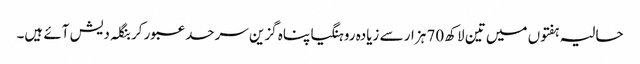
حالیہ ہفتوں میں تین لاکھ 70 ہزار سے زیادہ روہنگیا پناہ گزین سرحد عبور کر بنگلہ دیش آئے ہیں۔